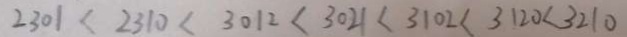
2 3 0 1 < 2 3 1 0 < 3 0 1 2 < 3 0 2 1 < 3 1 0 2 < 3 1 2 0 < 3 2 1 0